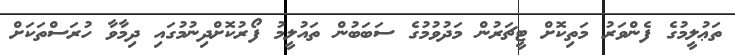
ތަޢުލީމުގެ ފެންވަރު މަތިކޮށް ޓީޗަރުން މަދުވުމުގެ ސަބަބުން ތައުލީމު ފޯރުކޮށްދިނުމުގައި ދިމާވާ ހުރަސްތަކަށް